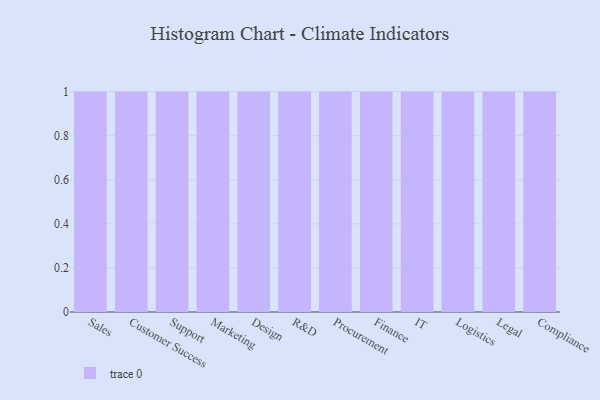
{"axis": {"x": "Department", "y": "Inventory Turnover"}, "legend": [""], "data": [{"x": "Sales", "y": 63, "type": ""}, {"x": "Customer Success", "y": 93, "type": ""}, {"x": "Support", "y": 73, "type": ""}, {"x": "Marketing", "y": 83, "type": ""}, {"x": "Design", "y": 97, "type": ""}, {"x": "R&D", "y": 49, "type": ""}, {"x": "Procurement", "y": 66, "type": ""}, {"x": "Finance", "y": 32, "type": ""}, {"x": "IT", "y": 71, "type": ""}, {"x": "Logistics", "y": 56, "type": ""}, {"x": "Legal", "y": 84, "type": ""}, {"x": "Compliance", "y": 79, "type": ""}]}